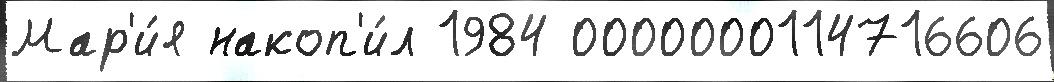
Мар'и́я накоп'и́л 1984 0000000114716606